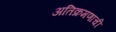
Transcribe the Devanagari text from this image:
अतिक्रमणाची